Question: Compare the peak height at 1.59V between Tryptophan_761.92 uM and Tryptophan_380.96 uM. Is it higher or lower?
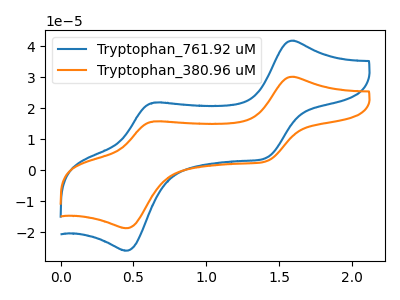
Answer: <think>The blue curve "Tryptophan_761.92 uM" has anodic peaks at (1.60V, 41.75uA) (0.65V, 21.75uA) and cathodic peaks at (1.40V, 3.95uA) (0.45V, -26.00uA). The orange curve "Tryptophan_380.96 uM" has anodic peaks at (1.60V, 30.10uA) (0.65V, 15.70uA) and cathodic peaks at (1.40V, 2.85uA) (0.45V, -18.75uA).</think>
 <answer>The peak at 1.59V is higher in "Tryptophan_761.92 uM" than in "Tryptophan_380.96 uM".</answer>
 <eval>higher</eval>